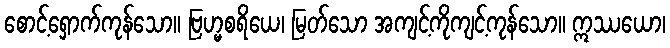
စောင့်ရှောက်ကုန်သော။ ဗြဟ္မစရိယေ၊ မြတ်သော အကျင့်ကိုကျင့်ကုန်သော။ ဣဿယော၊